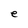
Character: e